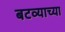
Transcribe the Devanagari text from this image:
बटव्याच्या